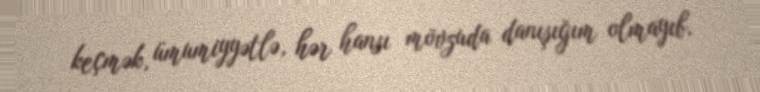
keçmək, ümumiyyətlə, hər hansı mövzuda danışığım olmayıb.